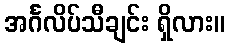
အင်္ဂလိပ်သီချင်း ရှိလား။